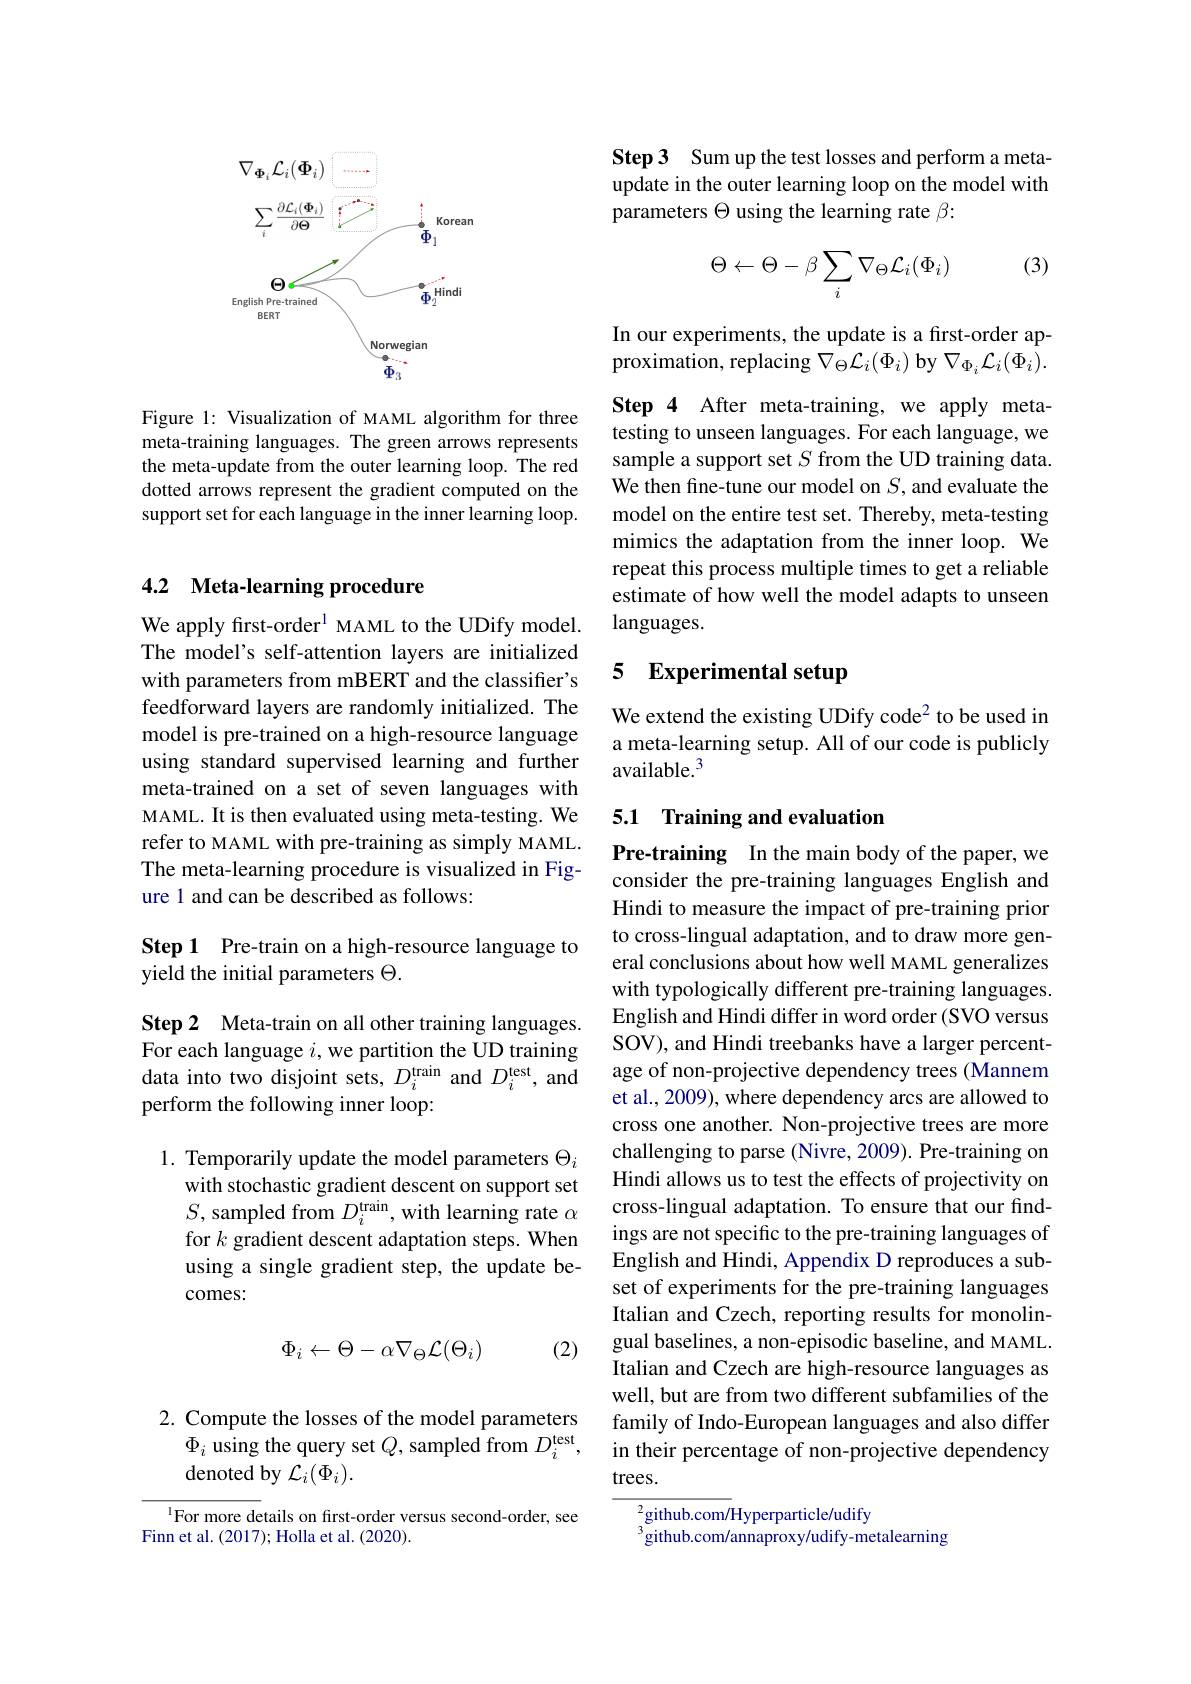
<FigureHere>

Figure 1: Visualization of MAML algorithm for three meta-training languages. The green arrows represents the meta-update from the outer learning loop. The red dotted arrows represent the gradient computed on the support set for each language in the inner learning loop.

## 4.2 Meta-learning procedure

We apply first-order$^1$ MAML to the UDify model. The model's self-attention layers are initialized with parameters from mBERT and the classifier's feedforward layers are randomly initialized. The model is pre-trained on a high-resource language using standard supervised learning and further meta-trained on a set of seven languages with MAML. It is then evaluated using meta-testing. We refer to MAML with pre-training as simply MAML. The meta-learning procedure is visualized in Figure 1 and can be described as follows:

Step 1 Pre-train on a high-resource language to
yield the initial parameters $\Theta.$

Step 2 Meta-train on all other training languages. For each language $i$,we partition the UD training data into two disjoint sets, $D_i^\mathrm{train}$ and $D_i^\mathrm{test}$, and perform the following inner loop:

1. Temporarily update the model parameters $\Theta_i$
with stochastic gradient descent on support set $S$, sampled from $D_i^\text{train}$,with learning rate $\alpha$ for $k$ gradient descent adaptation steps. When using a single gradient step, the update becomes:
$$\begin{matrix}\Phi_i\leftarrow\Theta-\alpha\nabla_\Theta\mathcal{L}(\Theta_i)\end{matrix}$$
(2)

2. Compute the losses of the model parameters
$\Phi_{i}$ using the query set $Q$, sampled from $D_i^\mathrm{test}$,
denoted by $\mathcal{L}_i(\Phi_i).$

$^{1}$For more details on first-order versus second-order, see
Finn et al. (2017); Holla et al. (2020).

Step3 Sumup the test losses and perform a metaupdate in the outer learning loop on the model with parameters $\Theta$ using the learning rate $\beta:$

(3)
$$\Theta\leftarrow\Theta-\beta\sum_i\nabla_\Theta\mathcal{L}_i(\Phi_i)$$
In our experiments, the update is a first-order approximation, replacing $\nabla_\Theta\mathcal{L}_i(\Phi_i)$ by $\nabla_\Phi_i\mathcal{L}_i(\Phi_i).$

Step 4 After meta-training, we apply metatesting to unseen languages. For each language, we sample a support set $S$ from the UD training data. We then fine-tune our model on $S$,and evaluate the model on the entire test set. Thereby, meta-testing mimics the adaptation from the inner loop. We repeat this process multiple times to get a reliable estimate of how well the model adapts to unseen languages.

## 5 Experimental setup

We extend the existing UDify code$^{2}$ to be used in a meta-learning setup. All of our code is publicly available.$^{3}$

## 5.1 Training and evaluation

Pre-training In the main body of the paper, we consider the pre-training languages English and Hindi to measure the impact of pre-training prior to cross-lingual adaptation, and to draw more general conclusions about how well MAML generalizes with typologically different pre-training languages. English and Hindi differ in word order (SVO versus SOV), and Hindi treebanks have a larger percentage of non-projective dependency trees (Mannem et al., 2009), where dependency arcs are allowed to cross one another. Non-projective trees are more challenging to parse (Nivre, 2009). Pre-training on Hindi allows us to test the effects of projectivity on cross-lingual adaptation. To ensure that our findings are not specific to the pre-training languages of English and Hindi, Appendix D reproduces a subset of experiments for the pre-training languages Italian and Czech, reporting results for monolingual baselines, a non-episodic baseline, and MAML. Italian and Czech are high-resource languages as well, but are from two different subfamilies of the family of Indo-European languages and also differ in their percentage of non-projective dependency trees.

$^2$github.com/Hyperparticle/udify

$^{3}$github.com/annaproxy/udify-metalearning